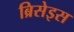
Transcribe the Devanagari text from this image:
ब्रिसेइस